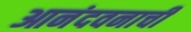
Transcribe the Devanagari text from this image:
आनंदवनाची